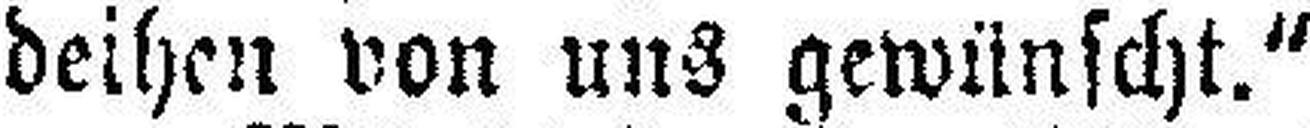
deihen von uns gewünscht.“